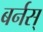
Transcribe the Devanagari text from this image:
बर्नस्